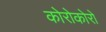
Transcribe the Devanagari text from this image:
कोरोकोरो